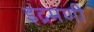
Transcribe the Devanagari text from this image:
इंद्रमणी